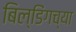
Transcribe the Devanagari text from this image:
बिल्डिंगच्या